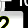
Digit: 2